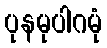
ပုနမုပါဂမုံ